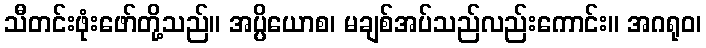
သီတင်းဖုံးဖော်တို့သည်။ အပ္ပိယောစ၊ မချစ်အပ်သည်လည်းကောင်း။ အဂရုဝ၊